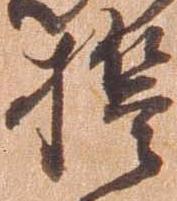
誓